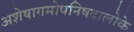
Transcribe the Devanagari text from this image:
अशेषागमोपनिषदालोके